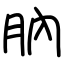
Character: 肭